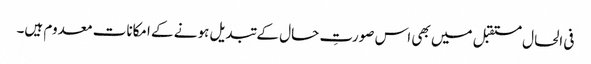
فی الحال مستقبل میں بھی اس صورتِ حال کے تبدیل ہونے کے امکانات معدوم ہیں۔